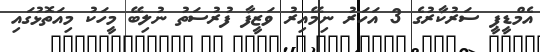
އެމްޑީޕީ ސަރުކާރުގެ 3 އަހަރު ނިމޭއިރު ވަޒީފާ ފުރުސަތު ނުލިބޭ މީހަކު މިއަތޮޅުގައި